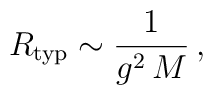
R_{\rm typ} \sim \frac{1}{g^2 \, M} \, ,